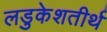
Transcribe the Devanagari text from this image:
लडुकेशतीर्थ